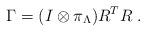
LaTeX: \begin{align*}\Gamma=(I\otimes\pi_{\Lambda})R^TR\;.\end{align*}